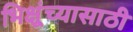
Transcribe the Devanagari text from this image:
भिक्षूंच्यासाठी